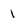
Character: 1